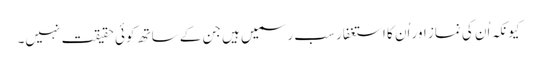
کیونکہ اُن کی نماز اور اُن کا استغفار سب رسمیں ہیں جن کے ساتھ کوئی حقیقت نہیں۔